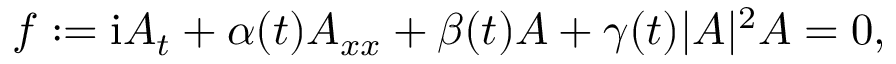
f : = \mathrm { { i } } A _ { t } + \alpha ( t ) A _ { x x } + \beta ( t ) A + \gamma ( t ) | A | ^ { 2 } A = 0 ,